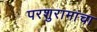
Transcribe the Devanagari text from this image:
परशुरामांचा